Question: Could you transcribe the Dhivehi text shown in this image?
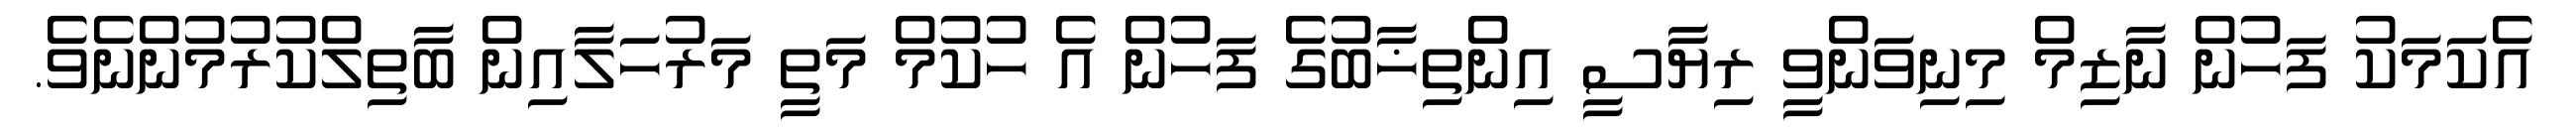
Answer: އެކަމަކު ފަހުން ނާޒިމް މިނިވަންވީ ރިޔާސީ އިންތިޚާބުގެ ފަހުން އެ ހުކުމް މަތީ މަރުހަލާއިން ބާތިލްކުރުމުންނެވެ.